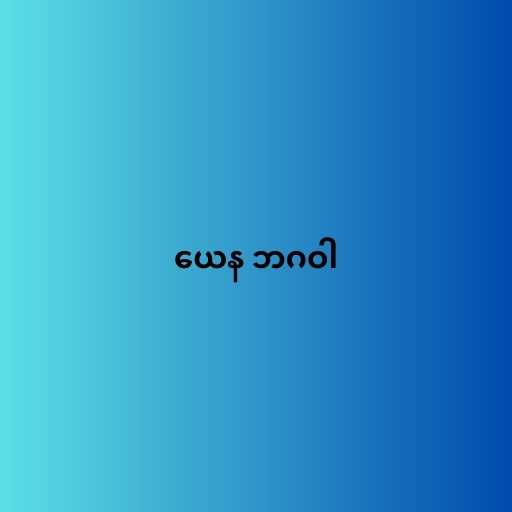
ယေန ဘဂဝါ